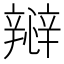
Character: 㦚